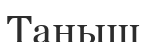
Таныш